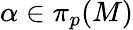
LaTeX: \alpha\in\pi_{p}(M)